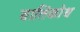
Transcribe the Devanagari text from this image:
वातिकोथ